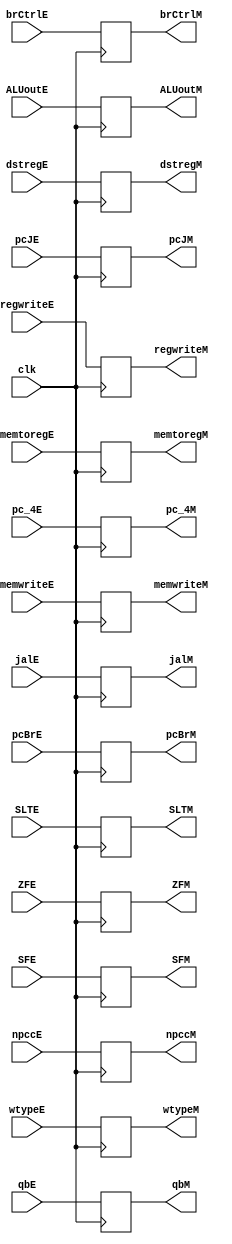


module EXE_MEM(SLTE,SLTM,jalE,jalM,pc_4E,pc_4M,brCtrlE,brCtrlM,SFE,SFM,ZFE,ZFM,npccE,npccM,pcBrE,pcBrM,pcJE,pcJM,wtypeE,wtypeM,regwriteE,memtoregE,memwriteE,ALUoutE,qbE,dstregE,clk,regwriteM,memtoregM,memwriteM,ALUoutM,qbM,dstregM);//,ZFEPCE,,PCM,ZFM
input clk,ZFE,SFE,jalE,SLTE;
//input we;
input regwriteE,memtoregE,memwriteE;//,ZFE
//input [1:0]NPCCtrlE;
input [31:0] ALUoutE,qbE,pcBrE,pcJE,pc_4E;//PCE,
input [4:0] dstregE;
input [1:0] npccE;
input [2:0] wtypeE;
input [2:0] brCtrlE;

output regwriteM,memtoregM,memwriteM,ZFM,SFM,jalM,SLTM;//,ZFM
//output [1:0]NPCCtrlM;
output [31:0] ALUoutM,qbM,pcBrM,pcJM,pc_4M;//PCM,
output [4:0] dstregM;
output [1:0] npccM;
output [2:0] wtypeM;
output [2:0] brCtrlM;
reg regwriteM,memtoregM,memwriteM,ZFM,SFM,jalM,SLTM;//,ZFM
//reg [1:0]NPCCtrlM;
reg [31:0] ALUoutM,qbM,pcBrM,pcJM,pc_4M;//PCM,
reg [4:0] dstregM;
reg [1:0] npccM;
reg [2:0] wtypeM;
reg [2:0] brCtrlM;



always @(posedge clk)  //PosEdge Write
	begin
	regwriteM=regwriteE;
	memtoregM=memtoregE;
	memwriteM=memwriteE;
	ZFM=ZFE;
	SFM=SFE;
	pcBrM=pcBrE;
	pcJM=pcJE;
	ALUoutM=ALUoutE;
	qbM=qbE;
	dstregM=dstregE;
	pc_4M=pc_4E;
	wtypeM=wtypeE;
	npccM=npccE;
	brCtrlM=brCtrlE;
	jalM=jalE;
	SLTM=SLTE;
	end
endmodule